Medical and sanitary report on the native army of Bombay for the year
Year: 1878
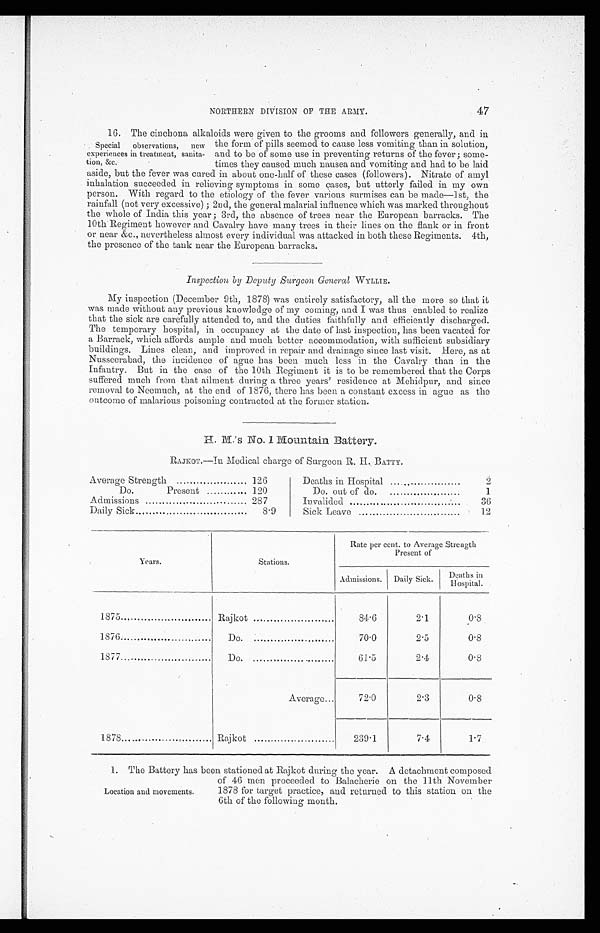
NORTHERN DIVISION OF THE ARMY.
47
16. The cinchona alkaloids were given to the grooms and followers generally, and in
•
• Special observations, new
experiences in treatment, sanita-
tion, &c.
the form of pills seetmed to cause less vomiting than in solution
and to be of some use in preventing returns of the fever; some-
- t i m e s t h e y c a u s e d m u c h n a u s e a a n d v o m i t i n g a n d h a d t o b e l a i d
aside, but the fever was cured in about one-half of these cases (followers). Nitrate of amyl
inhalation succeeded in relieving symptoms in some cases, but utterly failed in my own
person. With regard to the etiology of the fever various surmises can be made—1St, the
rainfall (not very excessive) ; 2nd, the general malarial influence which was marked throughout
the whole of India this year; 3rd, the absence of trees near the European barracks. The
10th Regiment however and Cavalry have many trees in their lines on the flank or in front
or near &c., nevertheless almost every individual was attacked in both these Regiments. 4th,
the presence of the tank near the European barracks.
Inspection by Deputy Surgeon General WYLLIE.
My inspection (December 9th, 1878) was entirely satisfactory, all the more so that it
was made without any previous knowledge of my coming, and I was thus enabled to realize
that the sick are carefully attended to, and the duties faithfully and efficiently discharged.
The temporary hospital, in occupancy at the date of last inspection, has been vacated for
a Barrack, which affords ample and much better accommodation, with sufficient subsidiary
buildings. Lines clean, and improved in repair and drainage since last visit. Here, as at
Nusseerabad, the incidence of ague has been much less in the Cavalry than in the
Infantry. But in the case of the 10th Regiment it is to be remembered that the Corps
suffered much from that ailment during a three years’ residence at Mehidpur, and since
removal to Neemuch, at the end of 1876, there has been a constant excess in ague as the
outcome of malarious poisoning contracted at the former station.
H . M . ’ s
N o . 1 M o u n t a i n B a t t e r y .
RAJK0T.—In Medical charge of Surgeon R. H. BATTY.
Average Strength
126
Deaths in Hospital
....
2
Do.
Present
1.20
Do. out of do.
1
Admissions
287
Invalided
..
36
Daily Sick.
8.9
Sick Leave
12
Years.
Stations.
Rate per cent. to Average Strength
Present of
Admissions.
Daily Sick.
D e a t h s i n
H o s p i t a l .
1875
Rajkot
84.6
2.1
0.8
1876
Do.
70.0
2.5
0.8
1877
DO.
61.5
2.4
0.8
1878. .
Average
72.0
2.3
0.8
Rajkot
239.1
7.4
1.7
1. The Battery has been stationed at Rajkot during the year. A detachment composed
Location and movements.
of 46 men proceeded to Balacherie on the 11th November
1878 for target practice, and returned to this station on the
6th of the following month.